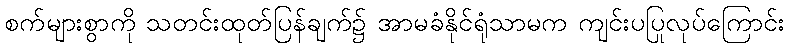
စက်များစွာကို သတင်းထုတ်ပြန်ချက်၌ အာမခံနိုင်ရုံသာမက ကျင်းပပြုလုပ်ကြောင်း